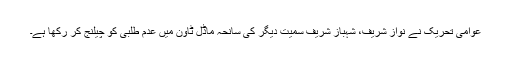
عوامی تحریک نے نواز شریف، شہباز شریف سمیت دیگر کی سانحہ ماڈل ٹاون میں عدم طلبی کو چیلنج کر رکھا ہے۔